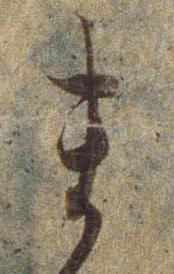
ま